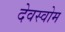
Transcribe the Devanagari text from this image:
देवस्‍वोम